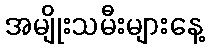
အမျိုးသမီးများနေ့